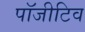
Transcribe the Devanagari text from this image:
पॉजीटिव